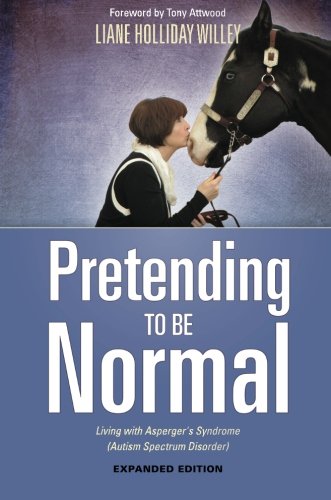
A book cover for Pretending to be Normal; Liane Holliday Willey; Health, Fitness & Dieting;